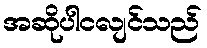
အဆိုပါငလျင်သည်